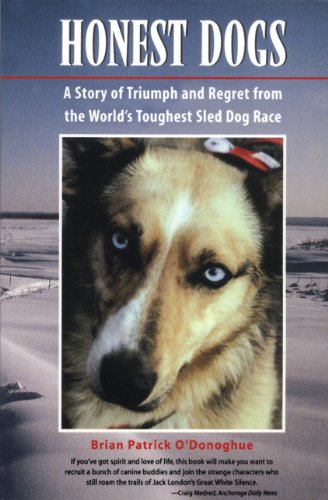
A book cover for Honest Dogs: A Story of Triumph and Regret from the World's Toughest Sled Dog Race; Brian Patrick O'Donoghue; Sports & Outdoors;